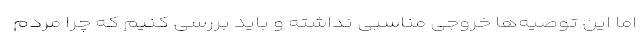
اما این توصیه‌ها خروجی مناسبی نداشته و باید بررسی کنیم که چرا مردم